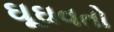
ઘૂઘવતો